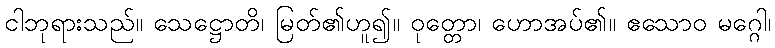
ငါဘုရားသည်။ သေဋ္ဌောတိ၊ မြတ်၏ဟူ၍။ ဝုတ္တော၊ ဟောအပ်၏။ ဧသောဝ မဂ္ဂေါ၊